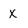
Character: x